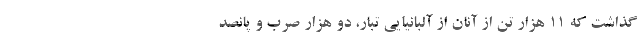
گذاشت که ۱۱ هزار تن از آنان از آلبانیایی تبار، دو هزار صرب و پانصد